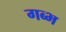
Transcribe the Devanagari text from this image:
गब्भ